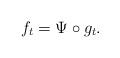
LaTeX: \begin{align*}f_t=\Psi \circ g_t.\end{align*}